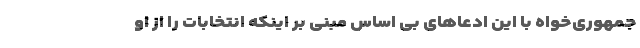
جمهوری‌خواه با این ادعاهای بی اساس مبنی بر اینکه انتخابات را از او